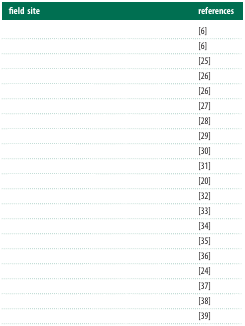
<table><thead><tr><td><b>field site</b></td><td><b>references</b></td></tr></thead><tbody><tr><td>[EMPTY_CELL]</td><td>[6]</td></tr><tr><td>[EMPTY_CELL]</td><td>[6]</td></tr><tr><td>[EMPTY_CELL]</td><td>[25]</td></tr><tr><td>[EMPTY_CELL]</td><td>[26]</td></tr><tr><td>[EMPTY_CELL]</td><td>[26]</td></tr><tr><td>[EMPTY_CELL]</td><td>[27]</td></tr><tr><td>[EMPTY_CELL]</td><td>[28]</td></tr><tr><td>[EMPTY_CELL]</td><td>[29]</td></tr><tr><td>[EMPTY_CELL]</td><td>[30]</td></tr><tr><td>[EMPTY_CELL]</td><td>[31]</td></tr><tr><td>[EMPTY_CELL]</td><td>[20]</td></tr><tr><td>[EMPTY_CELL]</td><td>[32]</td></tr><tr><td>[EMPTY_CELL]</td><td>[33]</td></tr><tr><td>[EMPTY_CELL]</td><td>[34]</td></tr><tr><td>[EMPTY_CELL]</td><td>[35]</td></tr><tr><td>[EMPTY_CELL]</td><td>[36]</td></tr><tr><td>[EMPTY_CELL]</td><td>[24]</td></tr><tr><td>[EMPTY_CELL]</td><td>[37]</td></tr><tr><td>[EMPTY_CELL]</td><td>[38]</td></tr><tr><td>[EMPTY_CELL]</td><td>[39]</td></tr></tbody></table>